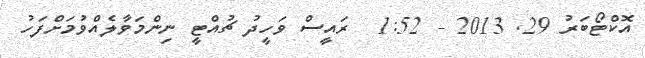
އޮކްޓޯބަރު 29